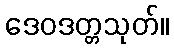
ဒေဝဒတ္တသုတ်။